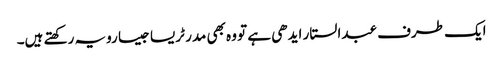
ایک طرف عبدالستار ایدھی ہے تو وہ بھی مدر ٹریسا جیسا رویہ رکھتے ہیں۔